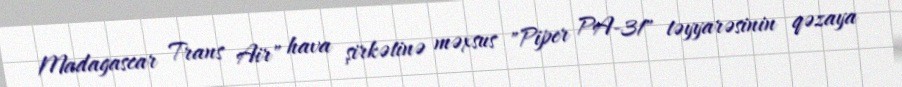
Madagascar Trans Air" hava şirkətinə məxsus "Piper PA-31" təyyarəsinin qəzaya